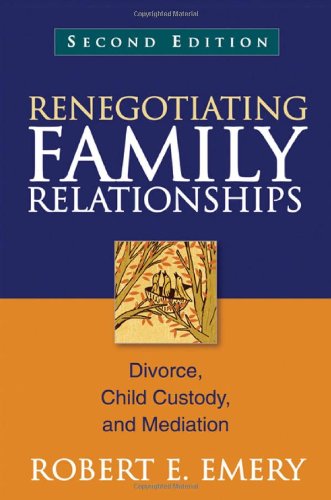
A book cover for Renegotiating Family Relationships, Second Edition: Divorce, Child Custody, and Mediation; Robert E. Emery Phd; Law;